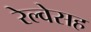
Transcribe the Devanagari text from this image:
रेल्वेसह